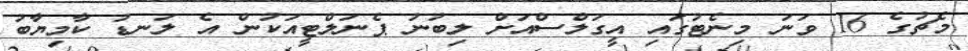
މެޗުގެ 16 ވަނަ މިނެޓުގައި އީގަލްސްއަށް ލިބުނު ޕެނަލްޓީއަކުން އެ ލަނޑު ކާމިޔާބު